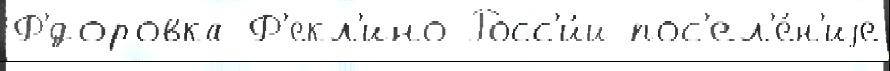
Ф'́доровка Ф'екл'ино Росс'и́и пос'ел'е́н'иjе